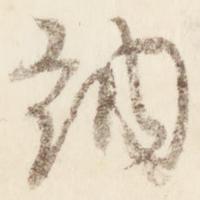
納